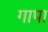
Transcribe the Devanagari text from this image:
गापा